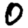
Digit: 0